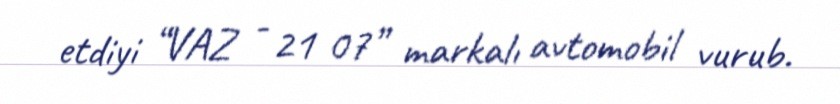
etdiyi “VAZ - 21 07” markalı avtomobil vurub.